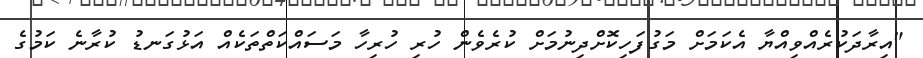
"އިރާދަކުރެއްވިއްޔާ އެކަމަށް މަގުފަހިކޮށްދިނުމަށް ކުރެވެން ހުރި ހުރިހާ މަސައްކަތްތަކެއް އަޅުގަނޑު ކުރާނެ ކަމުގެ